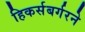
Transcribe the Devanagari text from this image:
हिकर्सबर्गरने